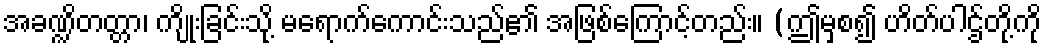
အခဏ္ဍိတတ္တာ၊ ကျိုးခြင်းသို့ မရောက်ကောင်းသည်၏ အဖြစ်ကြောင့်တည်း။ (ဤမှစ၍ ဟိတ်ပါဌ်တို့ကို